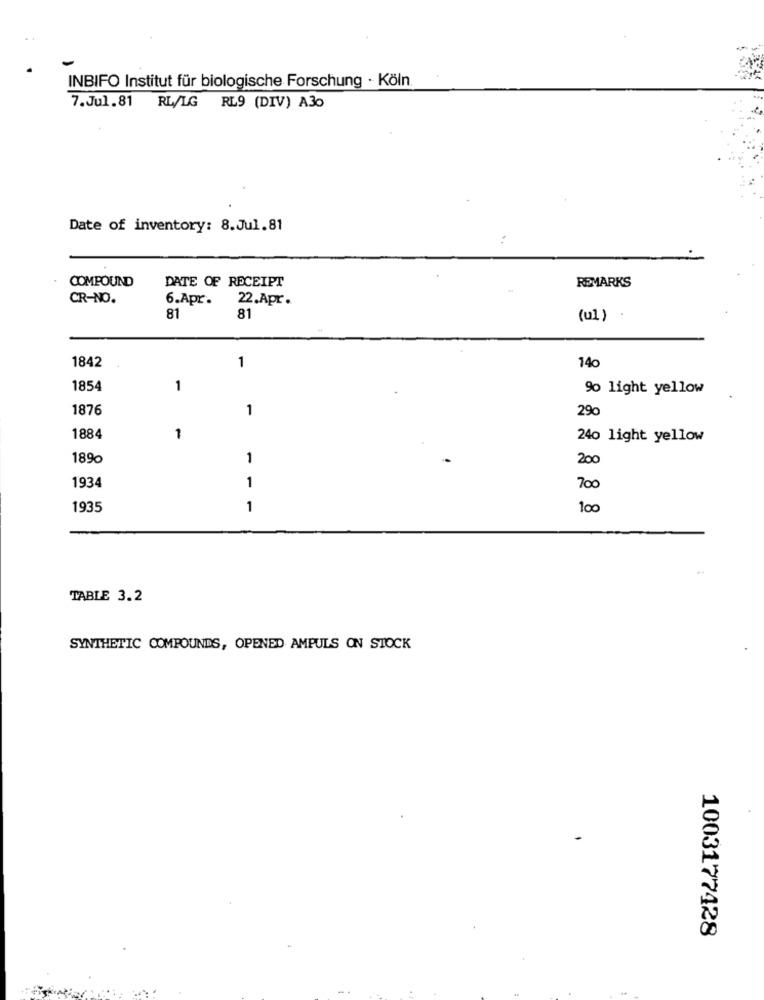
INBIFO Institut für biologische Forschung · Köln
7.Jul.81 RL/LG RL9 (DIV) A30
Date of inventory: 8.Jul.81
DATE OF RECEIPT
REMARKS
COMPOUND
CR-NO.
6.Apr.
22.Apr .
81
81
(ul)
14c
1842
1
1854
1
9% light yellow
1876
1
29c
1884
1
240 light yellow
1890
1
200
1934
1
700
1935
1
100
TABLE 3.2
SYNTHETIC COMPOUNDS, OPENED AMPULS ON STOCK
1003177428